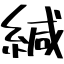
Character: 緘